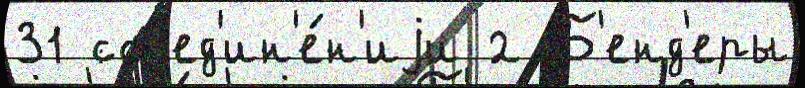
31 соjед'ин'е́н'иjи 2 Б'енд'еры